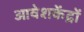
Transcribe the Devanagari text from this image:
आवेशकेंद्रों